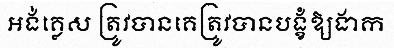
អង់គ្លេស ត្រូវបានគេត្រូវបានបង្ខំឱ្យងាក